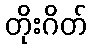
တိုးဂိတ်